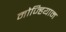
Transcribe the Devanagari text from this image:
मोज्हियाम